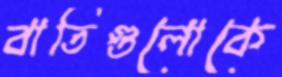
বাতিগুলোকে